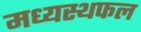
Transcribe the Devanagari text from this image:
मध्यस्थफल